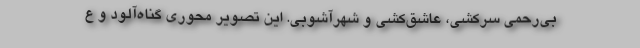
بی‌رحمی سرکشی، عاشق‌کشی و شهرآشوبی. این تصویر محوری گناه‌آلود و ع